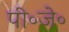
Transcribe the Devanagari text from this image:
पी॰जे॰